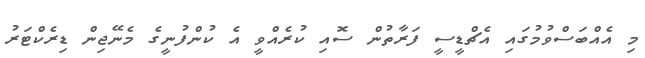
މި އެއްބަސްވުމުގައި އެޗްޑީސީ ފަރާތުން ސޮއި ކުރެއްވީ އެ ކުންފުނީގެ މެނޭޖިން ޑިރެކްޓަރު